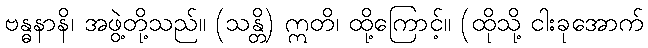
ဗန္ဓနာနိ၊ အဖွဲ့တို့သည်။ (သန္တိ) ဣတိ၊ ထို့ကြောင့်။ (ထိုသို့ ငါးခုအောက်